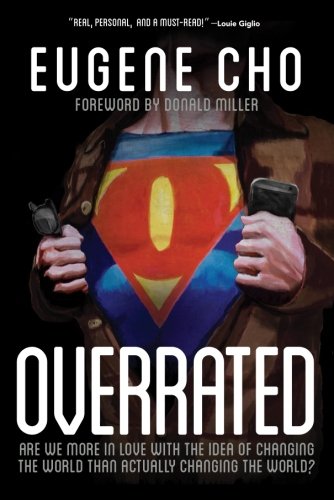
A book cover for Overrated: Are We More in Love with the Idea of Changing the World Than Actually Changing the World?; Eugene Cho; Christian Books & Bibles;